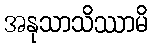
အနုသာသိဿာမိ